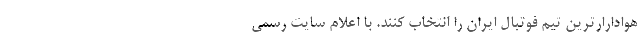
هوادارارترین تیم فوتبال ایران را انتخاب کنند. با اعلام سایت رسمی